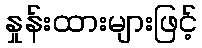
နှုန်းထားများဖြင့်